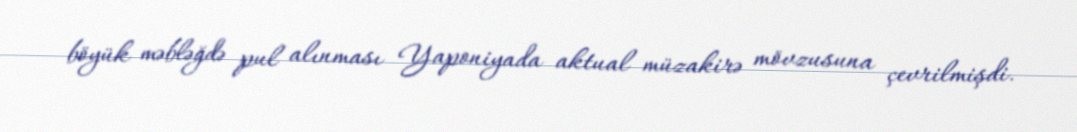
böyük məbləğdə pul alınması Yaponiyada aktual müzakirə mövzusuna çevrilmişdi.